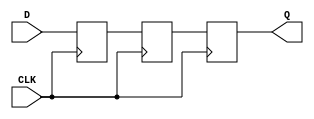
module TwoFF_Metastability_Detector (
    input wire D,        // Asynchronous input signal
    input wire CLK,      // Local clock signal
    output reg Q        // Stable output signal
);

    // Internal signals for the flip-flops
    reg FF1;            // Output of the first flip-flop
    reg FF2;            // Output of the second flip-flop

    // First flip-flop: samples the asynchronous input D
    always @(posedge CLK) begin
        FF1 <= D;      // Capture the input D on the rising edge of CLK
    end

    // Second flip-flop: samples the output of the first flip-flop
    always @(posedge CLK) begin
        FF2 <= FF1;    // Capture the output of FF1 on the next rising edge of CLK
    end

    // Output assignment: stable output from the second flip-flop
    always @(posedge CLK) begin
        Q <= FF2;      // Assign the output Q to the output of FF2
    end

endmodule